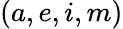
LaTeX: (a,e,i,m)